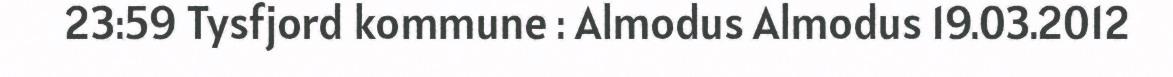
23:59 Tysfjord kommune : Almodus Almodus 19.03.2012